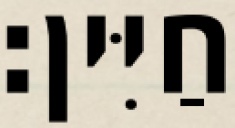
חַיִּין׃